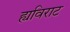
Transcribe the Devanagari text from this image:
ह्यविराट